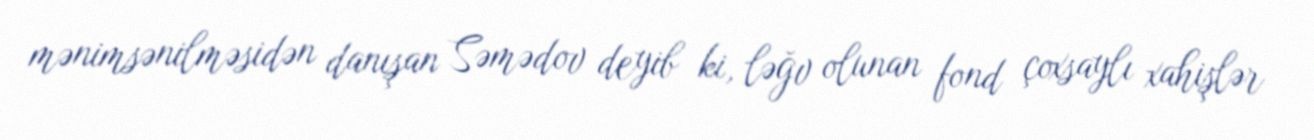
mənimsənilməsidən danışan Səmədov deyib ki, ləğv olunan fond çoxsaylı xahişlər